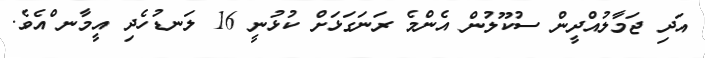
އަދި ޖަމާލުއްދީން ސުކޫލުން އެންމެ ރަނަގަޅަށް ކުޅުނީ 16 ލަނޑުހެދި އީމާނ ްއެވެ.